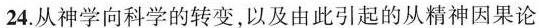
24.从神学向科学的转变，以及由此引起的从精神因果论